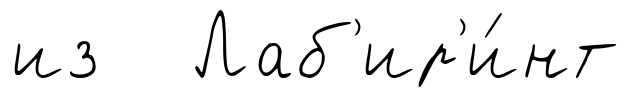
из Лаб'ир'и́нт